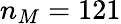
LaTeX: n_{M}=121